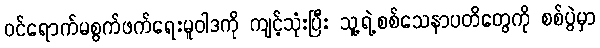
ဝင်ရောက်မစွက်ဖက်ရေးမူဝါဒကို ကျင့်သုံးပြီး သူ့ရဲ့စစ်သေနာပတိတွေကို စစ်ပွဲမှာ